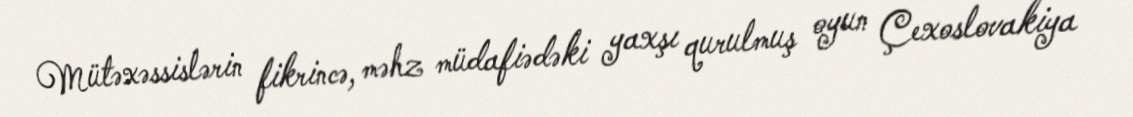
Mütəxəssislərin fikrincə, məhz müdafiədəki yaxşı qurulmuş oyun Çexoslovakiya